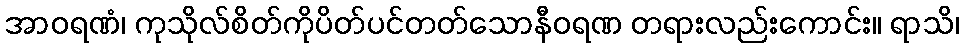
အာဝရဏံ၊ ကုသိုလ်စိတ်ကိုပိတ်ပင်တတ်သောနီဝရဏ တရားလည်းကောင်း။ ရာသိ၊